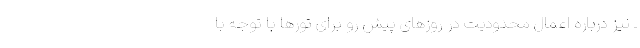
ـ نیز درباره اعمال محدودیت در روزهای پیش ‌رو برای تورها با توجه با